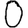
Digit: 0